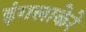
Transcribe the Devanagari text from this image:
इंगलाकेरे